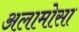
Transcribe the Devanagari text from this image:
अलामोसा